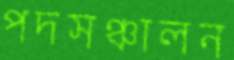
পদসঞ্চালন